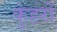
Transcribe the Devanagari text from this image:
कुंहरों